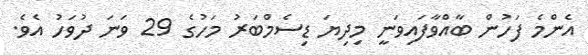
އެންމެ ފަހުން ބާއްވާފައިވަނީ މިދިޔަ ޑިސެމްބަރު މަހުގެ 29 ވަނަ ދުވަހު އެވެ.